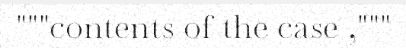
"""contents of the case ,"""